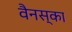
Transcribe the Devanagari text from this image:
वैनस्का